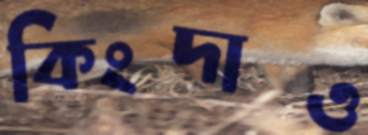
কিংদাও